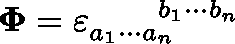
\mathbf { \Phi } = \varepsilon _ { a _ { 1 } \cdots a _ { n } } ^ { \qquad b _ { 1 } \cdots b _ { n } }